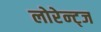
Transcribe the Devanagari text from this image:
लोरेन्ट्ज